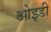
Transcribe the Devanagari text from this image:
ओइडी